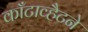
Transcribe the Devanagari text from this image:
काँटाव्हैटने